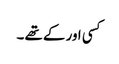
کسی اور کے تھے ۔